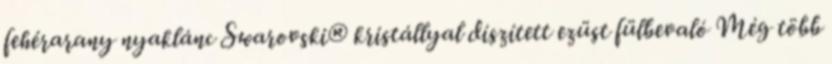
fehérarany nyaklánc Swarovski® kristállyal díszített ezüst fülbevaló Még több